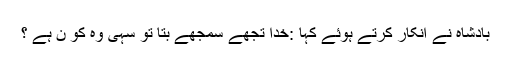
بادشاہ نے انکار کرتے ہوئے کہا :خدا تجھے سمجھے بتا تو سہی وہ کو ن ہے ؟